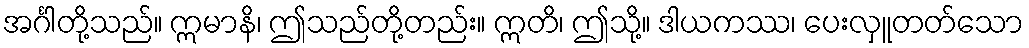
အင်္ဂါတို့သည်။ ဣမာနိ၊ ဤသည်တို့တည်း။ ဣတိ၊ ဤသို့။ ဒါယကဿ၊ ပေးလှူတတ်သော